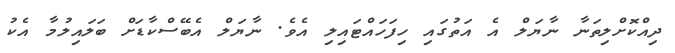
ދިއްކޮށްލިތަނާ ނާޔަލް އެ އަތުގައި ހިފަހައްޓައިލި އެވެ. ނާޔަލް އެބޭސްކާޑަށް ބަލައިލުމާ އެކު